Ridala_vallavalitsus, lk 12
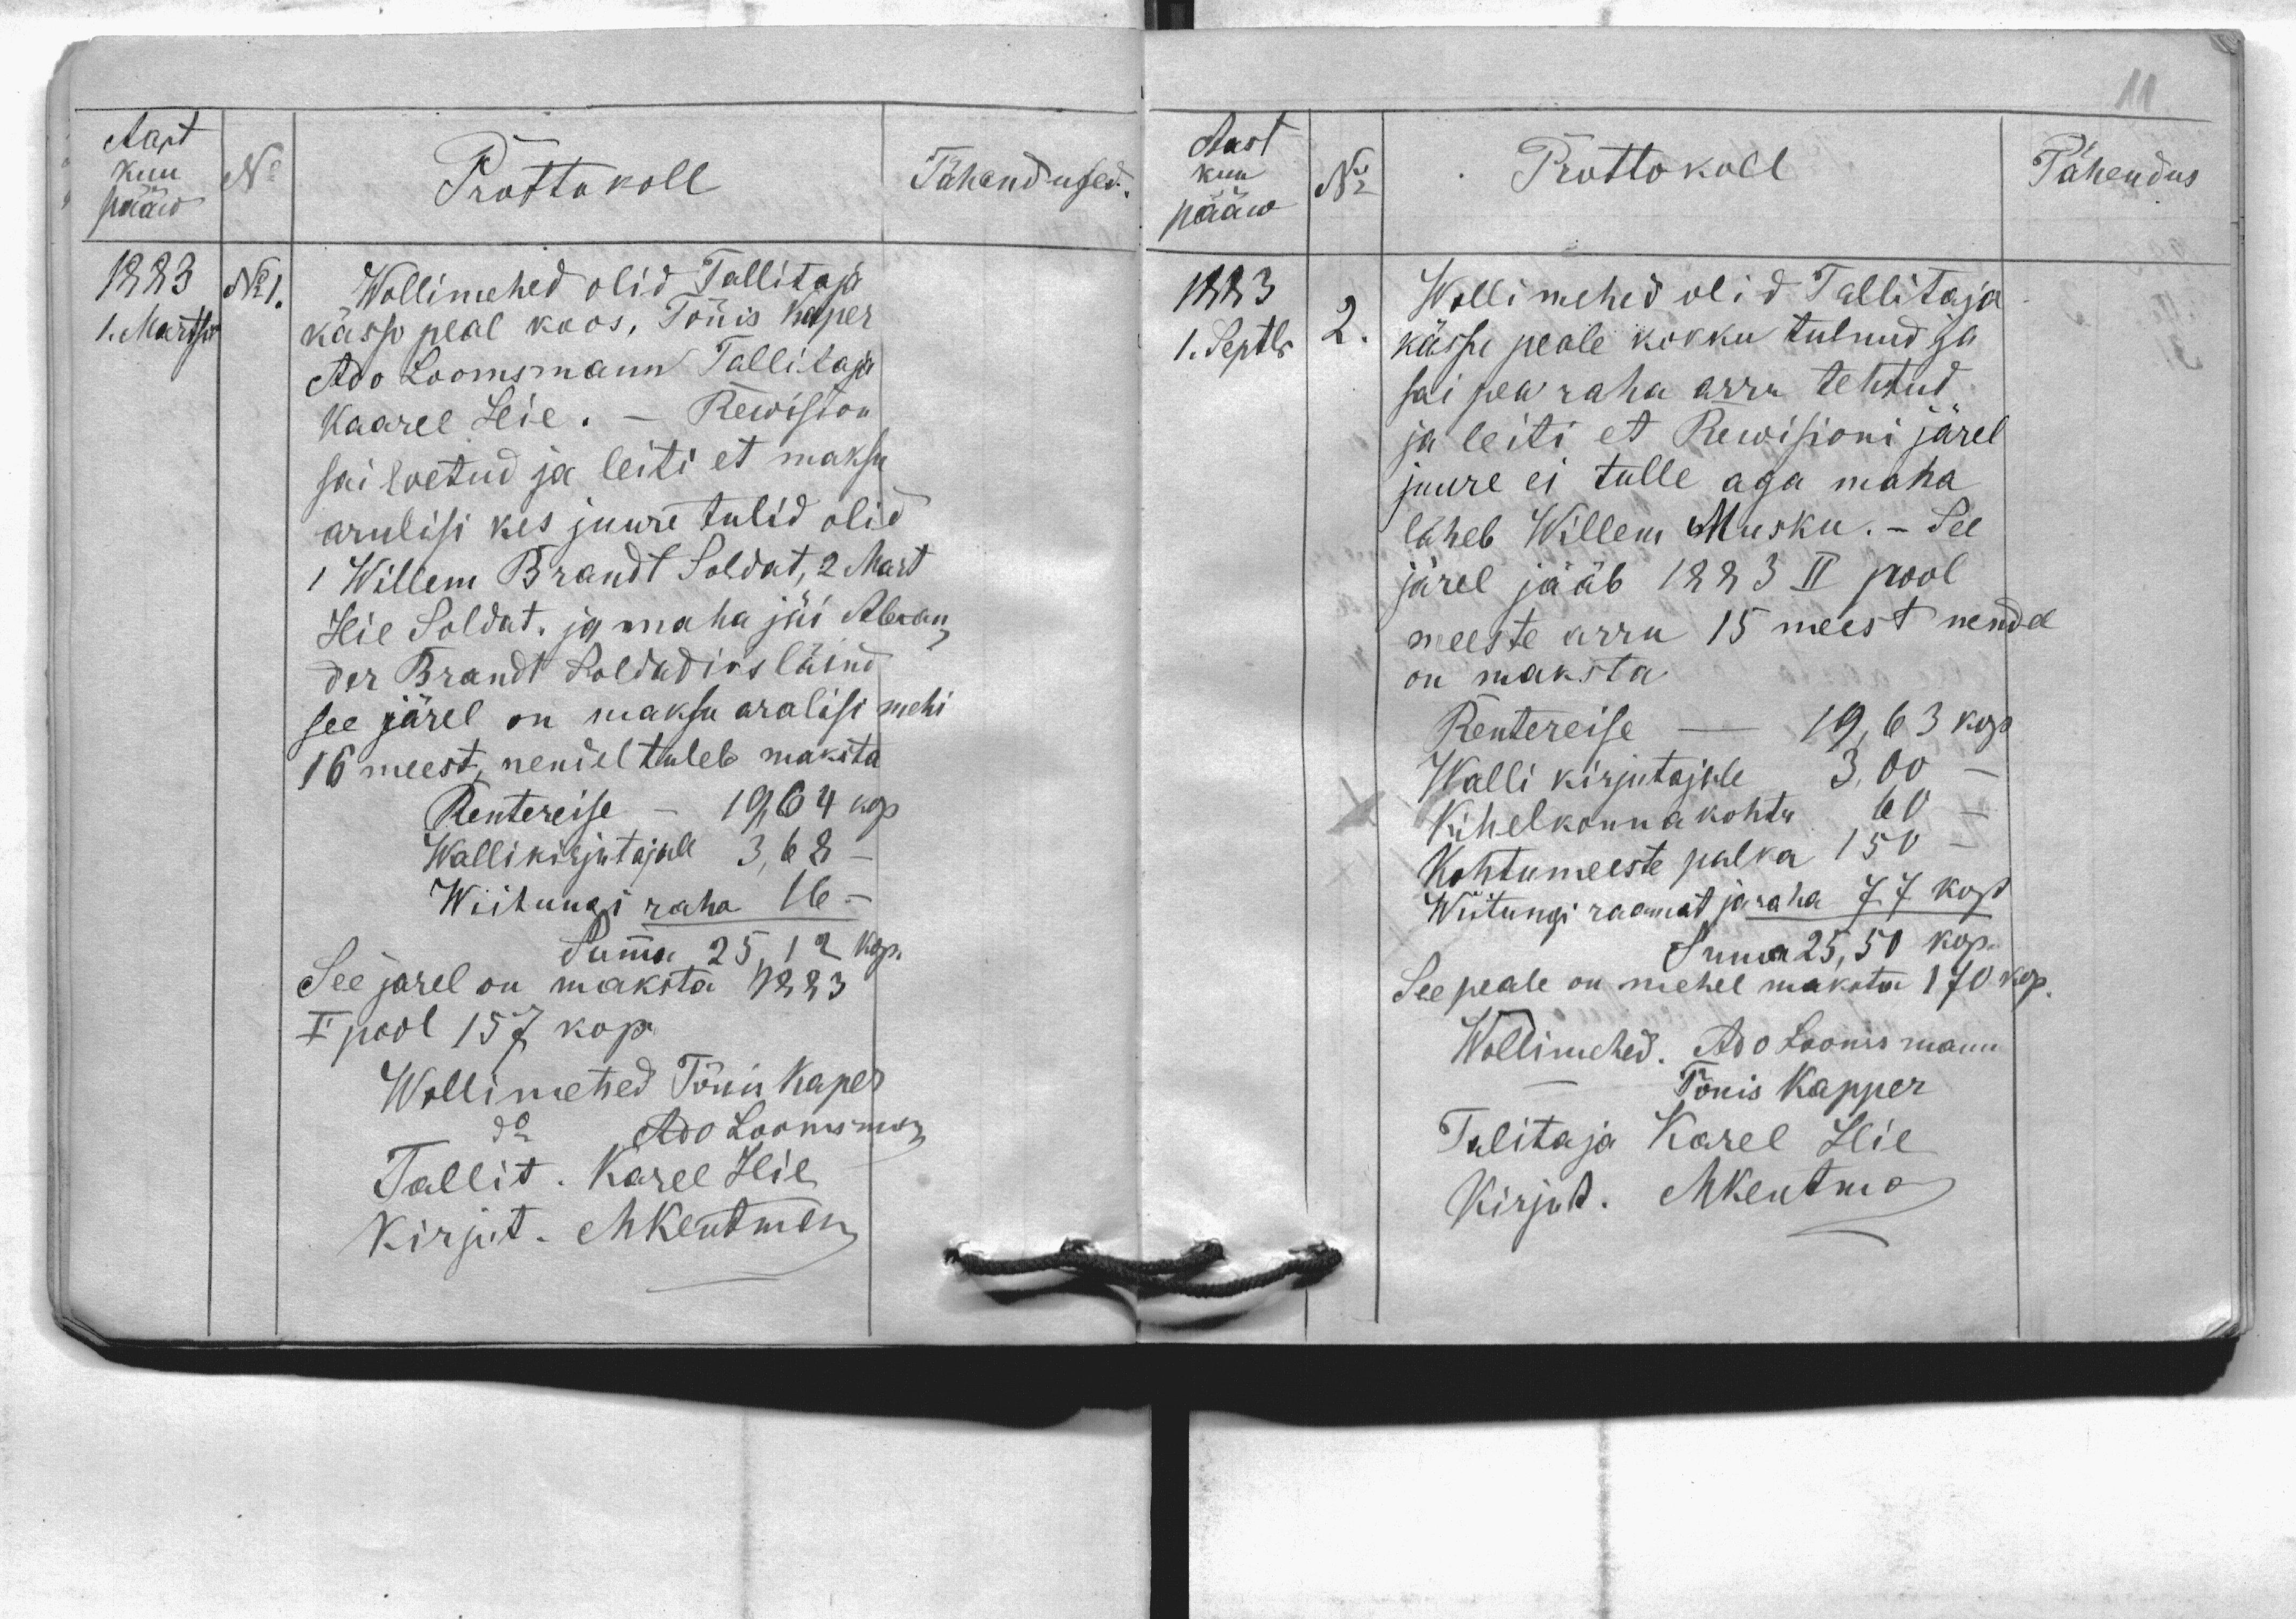
Aast
kuu
No
pääw
1883
No 1.
1. Märtsil
Tähendused.
Prottokoll
Wollimehed olid Tallitaja
kässo peal koos, Tõnis Kaper
Ado Loomsmann Tallitaja
Kaarel Leie. - Rewision
sai loetud ka leiti et maksu
arulisi  juure tulid olid
1 Willem Brandt Soldat, 2 Mart
Hie Soldat. ja maha jäi Alexan-
der Brandt Soldadiks läind
see järel on maksu aralisi mehi
16 meest, nendel tuleb maksta
Rentereise - 19,64 kop
Walli kirjutajale 3,68
Wiitungi raha 16.-
Summa 25,12 kop.
See jarel on maksta 1883
I pool 157 kop.
Wollimehed Tõnis Kaper
do Ado Loomsman
Tallit. Karel Hie
Kirjut. MKentman

Tähendus
Aast
kuu
pääw
1883
1. Septbr
Prottokoll
Wollimehed olid Tallitaja
kässu peale kokku tulnud ja
sai pea raha arru tehtud
ja leiti et Rewisiono järel
juure ei tulle aga maha
läheb Willem Musku. - See
järel jääb 1883 II pool
meeste arru 15 meest nendel
on maksta.
Rentereise - 19,63 kop
Walli kirjutajale 2,00
Kihelkonna kohtu 60
Kohtumeeste palka 150
Wiitungi raamat ja raha 77 kop
Suma 25,50 kop.
See peale on mehel maksta 170 kop.
Wollimehed. Ado Loomsmann
Tõnis Kapper
Talitaja Karel Hie
Kirjut. M Kentman
No
2.